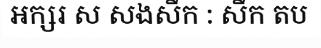
អក្សរ ស សងសឹក : សឹក តប